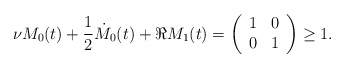
\begin{align*}\nu M_{0}(t)+\frac{1}{2}\dot{M}_{0}(t)+\Re M_{1}(t)=\left(\begin{array}{cc}1 & 0\\0 & 1\end{array}\right)\geq1.\end{align*}